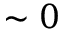
\sim 0